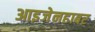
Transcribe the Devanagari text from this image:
आइजेनहाबर